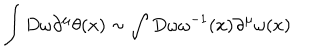
\int D \omega \partial ^ { \mu } \theta ( x ) \sim \int D \omega \omega ^ { - 1 } ( x ) \partial ^ { \mu } \omega ( x )